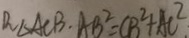
R _ { \Delta } A C B \cdot A B ^ { 2 } = C B ^ { 2 } + A C ^ { 2 }